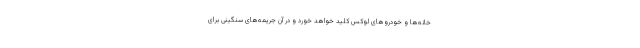
خانه‌ها و خودروهای لوکس کلید خواهد خورد و در آن جریمه‌های سنگینی برای